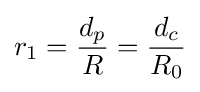
r_{1}={\frac {d_{p}}{R}}={\frac {d_{c}}{R_{0}}}